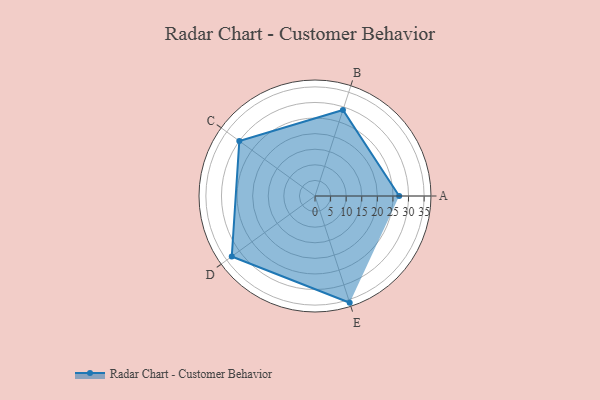
{"axis": {"x": "Skill", "y": "Score"}, "legend": ["Profile"], "data": [{"x": "A", "y": 27.0, "type": "Profile"}, {"x": "B", "y": 29.0, "type": "Profile"}, {"x": "C", "y": 30.0, "type": "Profile"}, {"x": "D", "y": 33.0, "type": "Profile"}, {"x": "E", "y": 36.0, "type": "Profile"}]}